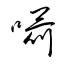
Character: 囁